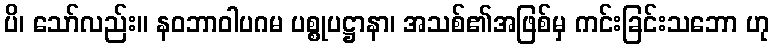
ပိ၊ သော်လည်း။ နဝဘာဝါပဂမ ပစ္စုပဋ္ဌာနာ၊ အသစ်၏အဖြစ်မှ ကင်းခြင်းသဘော ဟု